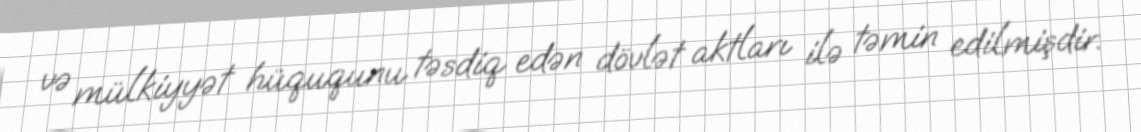
və mülkiyyət hüququnu təsdiq edən dövlət aktları ilə təmin edilmişdir.